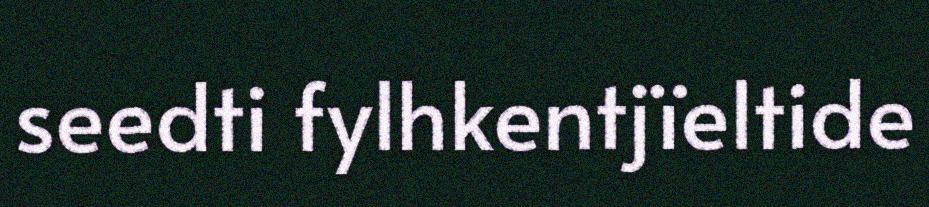
seedti fylhkentjïeltide